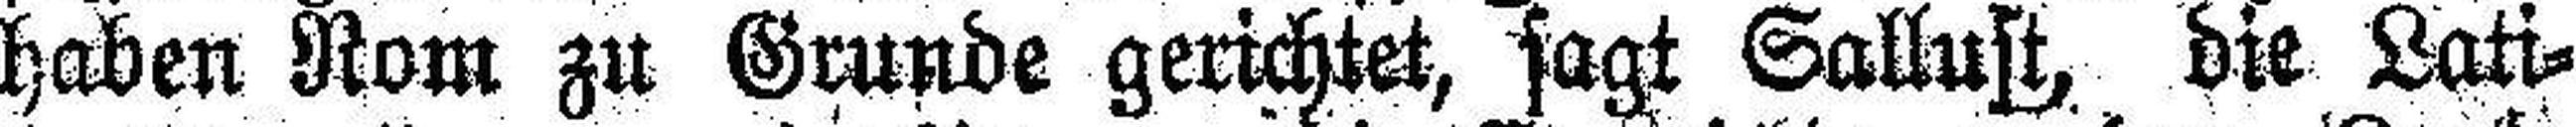
haben Rom zu Grunde gerichtet, sagt Sallust, die Lati¬